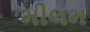
મીલમ